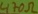
Text: 470Ω